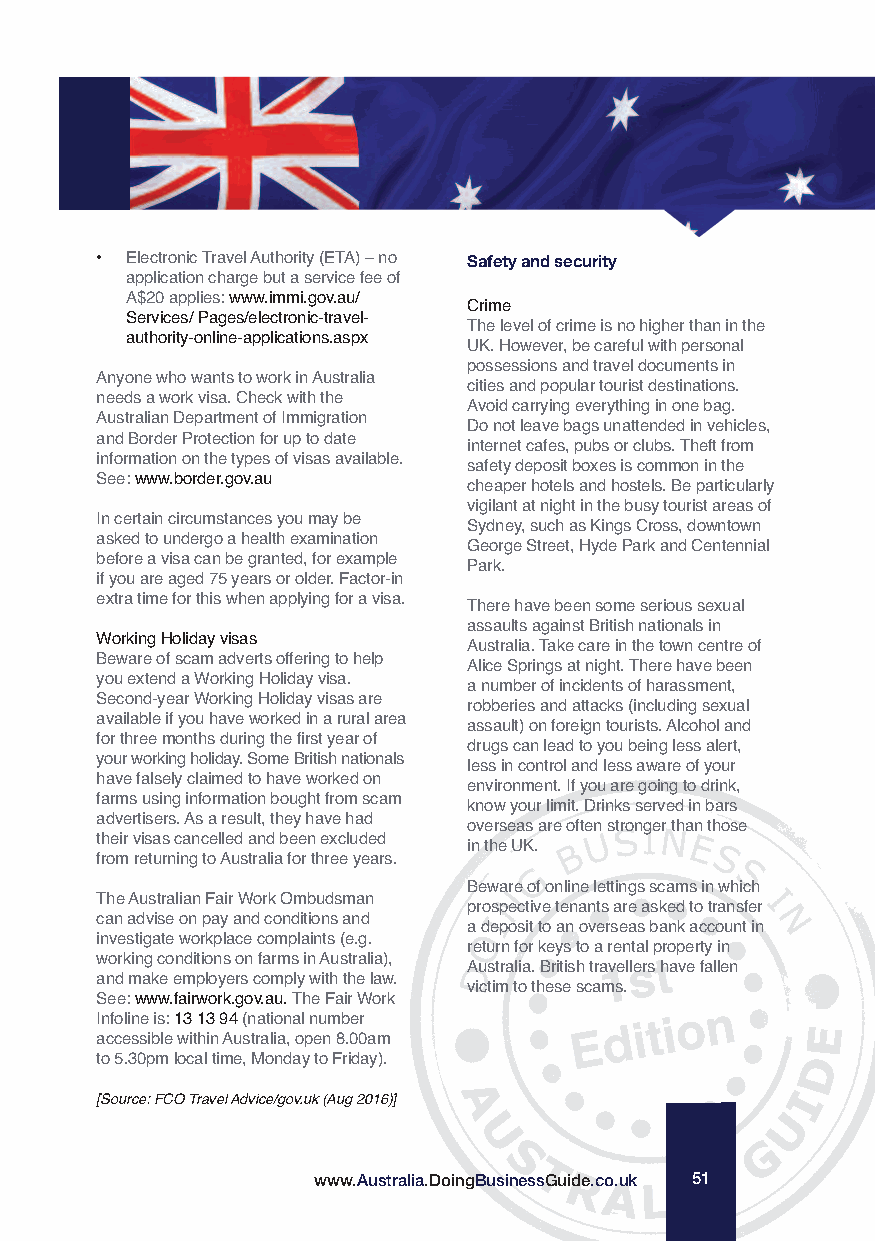
Safety and security
 • Electronic Travel Authority (ETA) – no
 application charge but a service fee of
 A$20 applies: www.immi.gov.au/
 Crime
 Services/ Pages/electronic-travel-
 The level of crime is no higher than in the
 authority-online-applications.aspx
 UK. However, be careful with personal
 possessions and travel documents in
 Anyone who wants to work in Australia
 cities and popular tourist destinations.
 needs a work visa. Check with the
 Avoid carrying everything in one bag.
 Australian Department of Immigration
 Do not leave bags unattended in vehicles,
 and Border Protection for up to date
 internet cafes, pubs or clubs. Theft from
 information on the types of visas available.
 safety deposit boxes is common in the
 See: www.border.gov.au
 cheaper hotels and hostels. Be particularly
 vigilant at night in the busy tourist areas of
 In certain circumstances you may be
 Sydney, such as Kings Cross, downtown
 asked to undergo a health examination
 George Street, Hyde Park and Centennial
 before a visa can be granted, for example
 Park.
 if you are aged 75 years or older. Factor-in
 extra time for this when applying for a visa.
 There have been some serious sexual
 assaults against British nationals in
 Working Holiday visas
 Australia. Take care in the town centre of
 Beware of scam adverts offering to help
 Alice Springs at night. There have been
 you extend a Working Holiday visa.
 a number of incidents of harassment,
 Second-year Working Holiday visas are
 robberies and attacks (including sexual
 available if you have worked in a rural area
 assault) on foreign tourists. Alcohol and
 for three months during the first year of
 drugs can lead to you being less alert,
 your working holiday. Some British nationals
 less in control and less aware of your
 have falsely claimed to have worked on
 environment. If you are going to drink,
 farms using information bought from scam
 know your limit. Drinks served in bars
 advertisers. As a result, they have had
 overseas are often stronger than those
 their visas cancelled and been excluded
 in the UK.
 from returning to Australia for three years.
 Beware of online lettings scams in which
 The Australian Fair Work Ombudsman
 prospective tenants are asked to transfer
 can advise on pay and conditions and
 a deposit to an overseas bank account in
 investigate workplace complaints (e.g.
 return for keys to a rental property in
 working conditions on farms in Australia),
 Australia. British travellers have fallen
 and make employers comply with the law.
 victim to these scams.
 See: www.fairwork.gov.au. The Fair Work
 Infoline is: 13 13 94(national number
 accessible within Australia, open 8.00am
 to 5.30pm local time, Monday to Friday).
 [Source: FCO Travel Advice/gov.uk (Aug 2016)]
 www.Australia.DoingBusinessGuide.co.uk 51